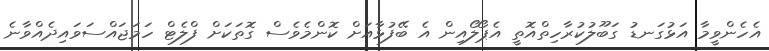
އެހެންވީމާ އަޅުގަނޑު ގަބޫލުކުރާހިތްއޮތީ އެޕޯލޯއިން އެ ބޭފުޅާއަށް ކޮންމެވެސް ގޮތަކަށް ފްލެޓް ހަމަޖައްސަވައިދެއްވާނެ